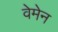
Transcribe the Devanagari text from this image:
वेमेन